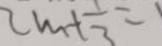
2 m + \frac { 1 } { 3 } = 1